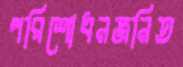
পরিশোধনজনিত